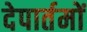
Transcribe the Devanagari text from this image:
देपार्तमों